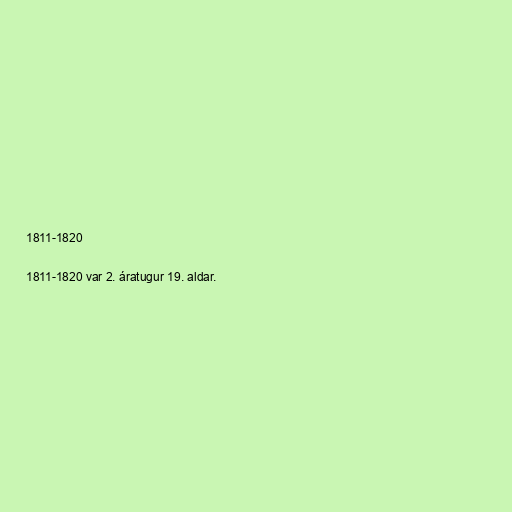
1811-1820

1811-1820 var 2. áratugur 19. aldar.